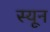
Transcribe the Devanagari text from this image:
स्यून